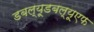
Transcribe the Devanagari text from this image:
डबल्यूडबल्यूएफ